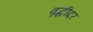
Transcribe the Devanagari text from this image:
वृद्धीदर